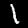
Digit: 1